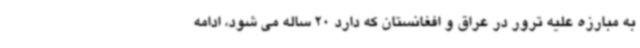
به مبارزه علیه ترور در عراق و افغانستان که دارد 20 ساله می شود، ادامه